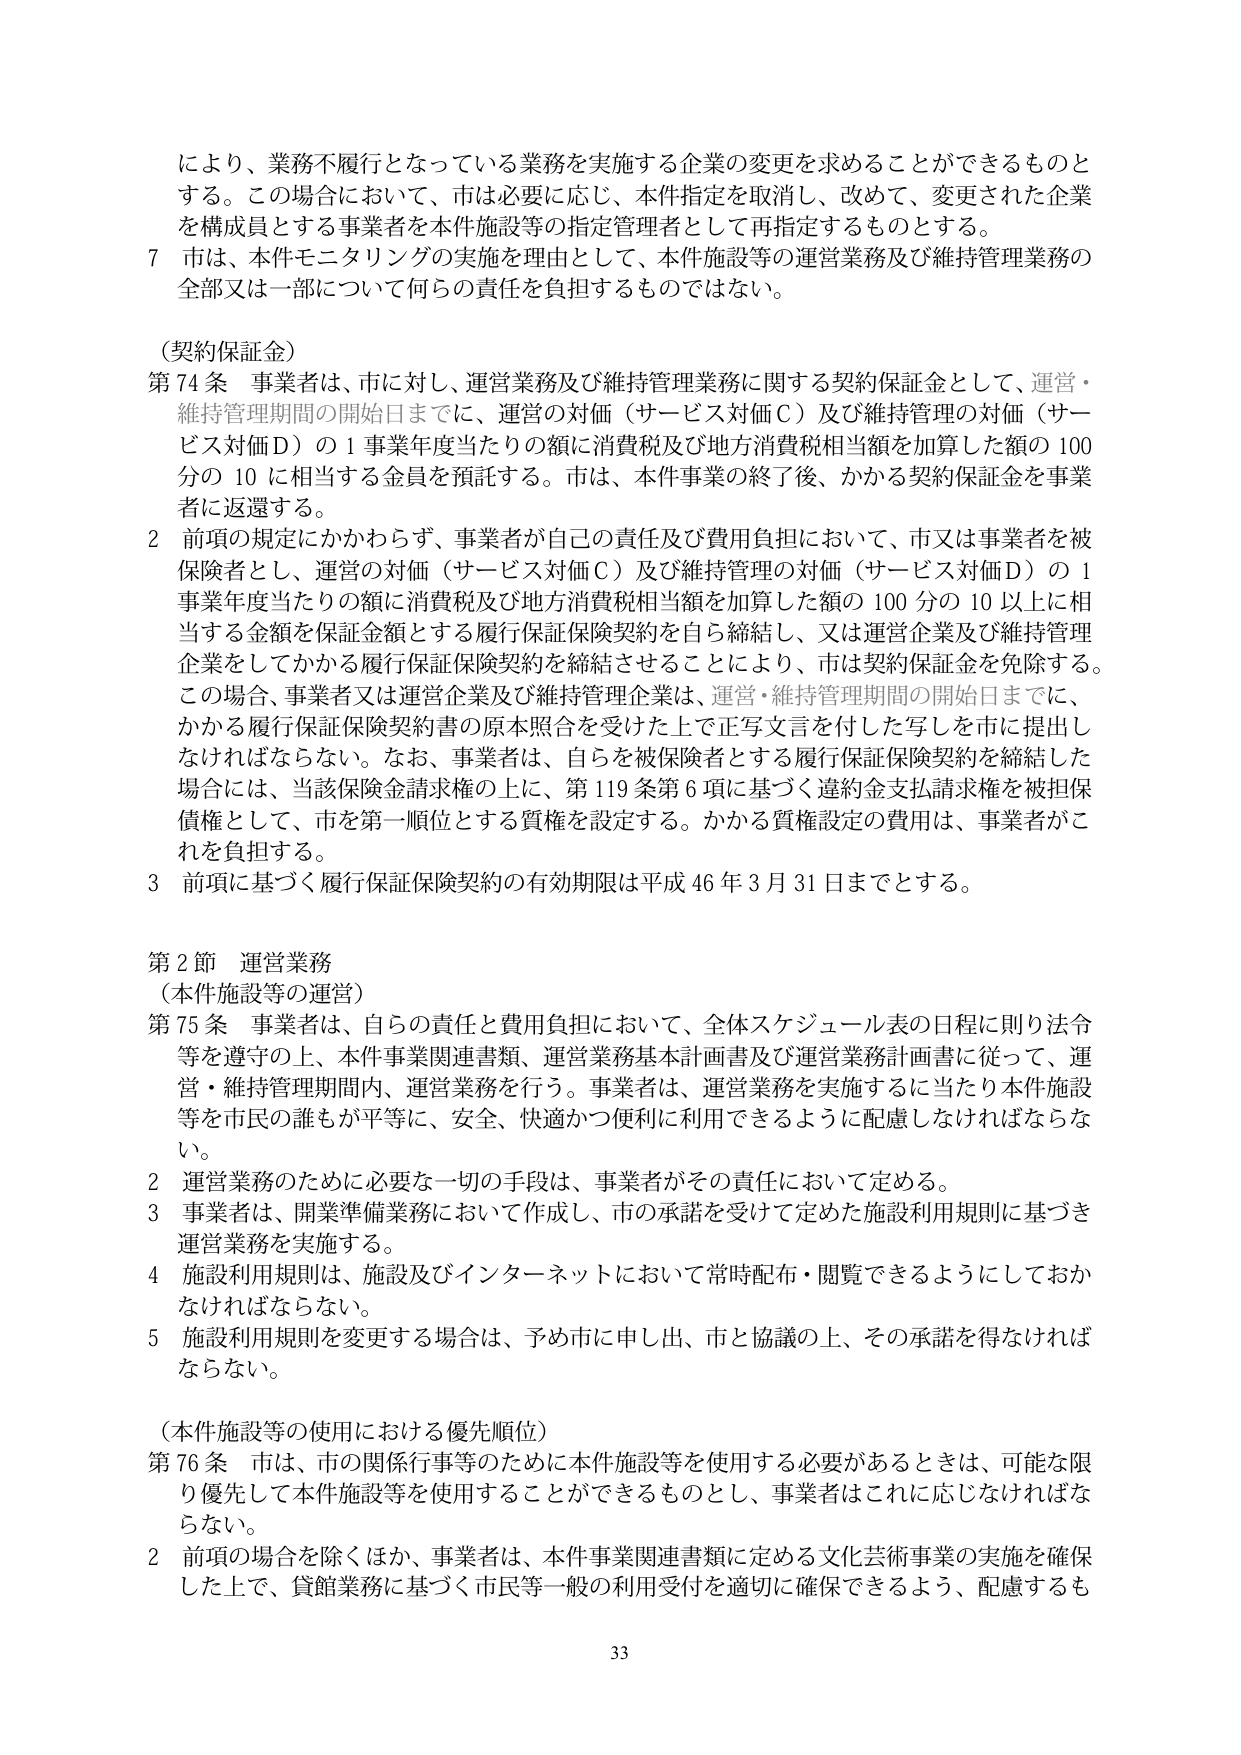
により、業務不履行となっている業務を実施する企業の変更を求めることができるものとする。この場合において、市は必要に応じ、本件指定を取消し、改めて、変更された企業を構成員とする事業者を本件施設等の指定管理者として再指定するものとする。

7 市は、本件モニタリングの実施を理由として、本件施設等の運営業務及び維持管理業務の全部又は一部について何らの責任を負担するものではない。

（契約保証金）

第74条 事業者は、市に対し、運営業務及び維持管理業務に関する契約保証金として、運営・維持管理期間の開始日までに、運営の対価（サービス対価Ｃ）及び維持管理の対価（サービス対価Ｄ）の１事業年度当たりの額に消費税及び地方消費税相当額を加算した額の100分の10に相当する金員を預託する。市は、本件事業の終了後、かかる契約保証金を事業者に返還する。

2 前項の規定にかかわらず、事業者が自己の責任及び費用負担において、市又は事業者を被保険者とし、運営の対価（サービス対価Ｃ）及び維持管理の対価（サービス対価Ｄ）の１事業年度当たりの額に消費税及び地方消費税相当額を加算した額の100分の10以上に相当する金額を保証金額とする履行保証保険契約を自ら締結し、又は運営企業及び維持管理企業をしてかかる履行保証保険契約を締結させることにより、市は契約保証金を免除する。この場合、事業者又は運営企業及び維持管理企業は、運営・維持管理期間の開始日までに、かかる履行保証保険契約書の原本照合を受けた上で正写文言を付した写しを市に提出しなければならない。なお、事業者は、自らを被保険者とする履行保証保険契約を締結した場合には、当該保険金請求権の上に、第119条第6項に基づく違約金支払請求権を被担保債権として、市を第一順位とする質権を設定する。かかる質権設定の費用は、事業者がこれを負担する。

3 前項に基づく履行保証保険契約の有効期限は平成46年3月31日までとする。

第2節 運営業務

（本件施設等の運営）

第75条 事業者は、自らの責任と費用負担において、全体スケジュール表の日程に則り法令等を遵守の上、本件事業関連書類、運営業務基本計画書及び運営業務計画書に従って、運営・維持管理期間内、運営業務を行う。事業者は、運営業務を実施するに当たり本件施設等を市民の誰もが平等に、安全、快適かつ便利に利用できるように配慮しなければならない。

2 運営業務のために必要な一切の手段は、事業者がその責任において定める。

3 事業者は、開業準備業務において作成し、市の承諾を受けて定めた施設利用規則に基づき運営業務を実施する。

4 施設利用規則は、施設及びインターネットにおいて常時配布・閲覧できるようにしておかなければならない。

5 施設利用規則を変更する場合は、予め市に申し出、市と協議の上、その承諾を得なければならない。

（本件施設等の使用における優先順位）

第76条 市は、市の関係行事等のために本件施設等を使用する必要があるときは、可能な限り優先して本件施設等を使用することができるものとし、事業者はこれに応じなければならない。

2 前項の場合を除くほか、事業者は、本件事業関連書類に定める文化芸術事業の実施を確保した上で、貸館業務に基づく市民等一般の利用受付を適切に確保できるよう、配慮するも

33